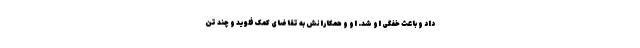
داد و باعث خفگی او شد. او و همکارانش به تقاضای کمک فلوید و چند تن